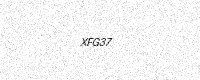
Text: XFG37